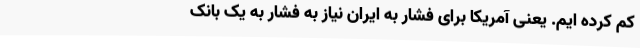
کم کرده ایم. یعنی آمریکا برای فشار به ایران نیاز به فشار به یک بانک